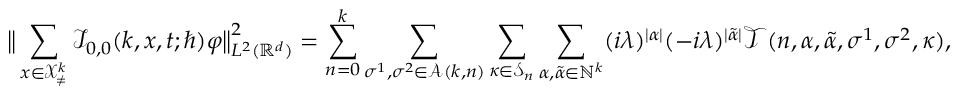
\big \lVert \sum _ { \boldsymbol { x } \in \mathcal { X } _ { \neq } ^ { k } } \mathcal { I } _ { 0 , 0 } ( k , \boldsymbol { x } , t ; \hbar ) \varphi \big \rVert _ { L ^ { 2 } ( \mathbb { R } ^ { d } ) } ^ { 2 } = \sum _ { n = 0 } ^ { k } \sum _ { \sigma ^ { 1 } , \sigma ^ { 2 } \in \mathcal { A } ( k , n ) } \sum _ { \kappa \in \mathcal { S } _ { n } } \sum _ { \alpha , \tilde { \alpha } \in \mathbb { N } ^ { k } } ( i \lambda ) ^ { | \alpha | } ( - i \lambda ) ^ { | \tilde { \alpha } | } \mathcal { T } ( n , \alpha , \tilde { \alpha } , \sigma ^ { 1 } , \sigma ^ { 2 } , \kappa ) ,